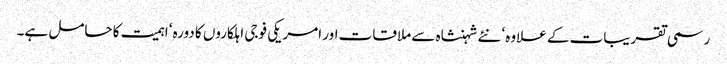
رسمی تقریبات کے علاوہ‘ نئے شہنشاہ سے ملاقات اور امریکی فوجی اہلکاروں کا دورہ‘ اہمیت کا حامل ہے۔